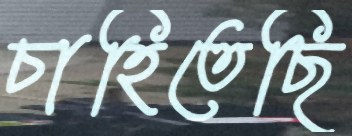
চাহিতেছি